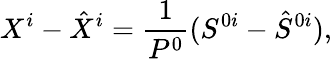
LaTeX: X^{i}-\hat{X}^{i}=\frac{1}{P^{0}}(S^{0i}-\hat{S}^{0i}),